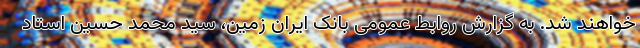
خواهند شد. به گزارش روابط عمومی بانک ایران زمین، سید محمد حسین استاد